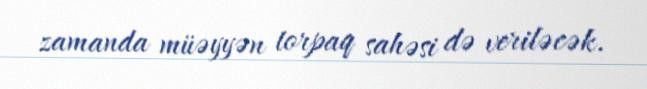
zamanda müəyyən torpaq sahəsi də veriləcək.